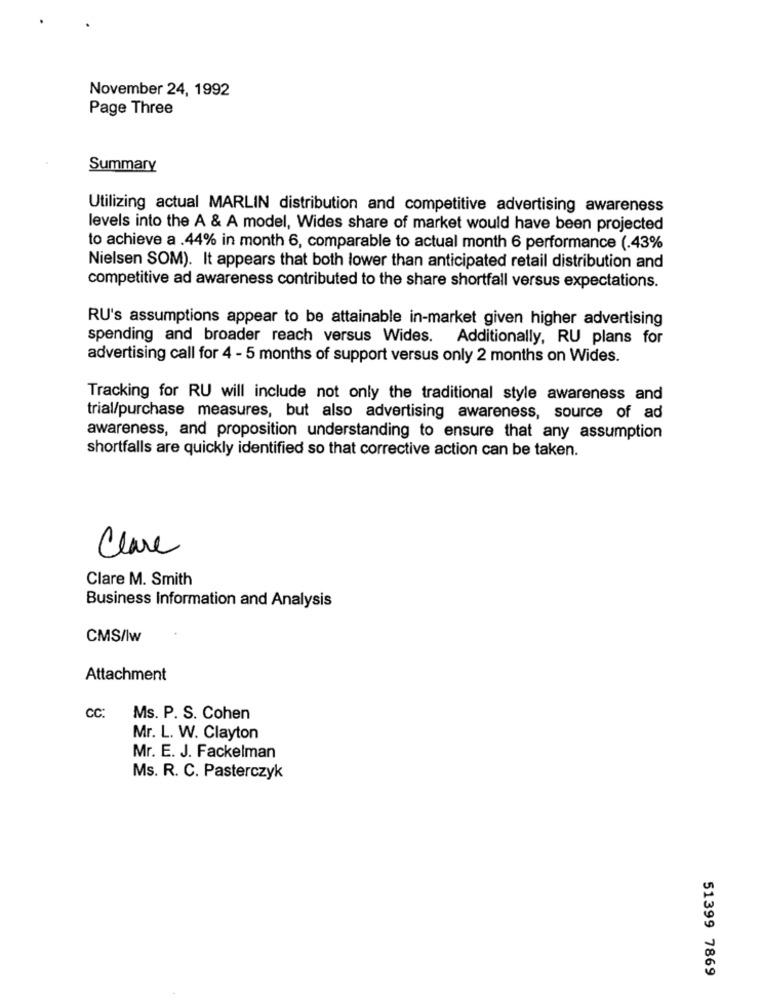
November 24, 1992
Page Three
Summary
Utilizing actual MARLIN distribution and competitive advertising awareness
levels into the A & A model, Wides share of market would have been projected
to achieve a .44% in month 6, comparable to actual month 6 performance (.43%
Nielsen SOM). It appears that both lower than anticipated retail distribution and
competitive ad awareness contributed to the share shortfall versus expectations.
RU's assumptions appear to be attainable in-market given higher advertising
spending and broader reach versus Wides.
Additionally, RU plans for
advertising call for 4 - 5 months of support versus only 2 months on Wides.
Tracking for RU will include not only the traditional style awareness and
trial/purchase measures, but also advertising awareness, source of ad
awareness, and proposition understanding to ensure that any assumption
shortfalls are quickly identified so that corrective action can be taken.
Clare
Clare M. Smith
Business Information and Analysis
CMS/Iw
Attachment
CC: Ms. P. S. Cohen
Mr. L. W. Clayton
Mr. E. J. Fackelman
Ms. R. C. Pasterczyk
51399 7869